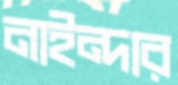
নাইন্দার